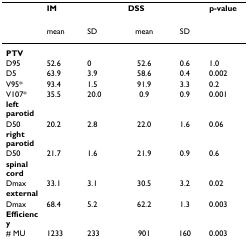
|  | <COLSPAN=2> IM | <COLSPAN=2> DSS | p-value |
 |  | mean | SD | mean | SD |  |
 | --- | --- | --- | --- | --- | --- |
 | PTV |  |  |  |  |  |
 | D95 | 52.6 | 0 | 52.6 | 0.6 | 1.0 |
 | D5 | 63.9 | 3.9 | 58.6 | 0.4 | 0.002 |
 | V95* | 93.4 | 1.5 | 91.9 | 3.3 | 0.2 |
 | V107* | 35.5 | 20.0 | 0.9 | 0.9 | 0.001 |
 | left parotid |  |  |  |  |  |
 | D50 | 20.2 | 2.8 | 22.0 | 1.6 | 0.06 |
 | right parotid |  |  |  |  |  |
 | D50 | 21.7 | 1.6 | 21.9 | 0.9 | 0.6 |
 | spinal cord |  |  |  |  |  |
 | Dmax | 33.1 | 3.1 | 30.5 | 3.2 | 0.02 |
 | external |  |  |  |  |  |
 | Dmax | 68.4 | 5.2 | 62.2 | 1.3 | 0.003 |
 | Efficiency |  |  |  |  |  |
 | # MU | 1233 | 233 | 901 | 160 | 0.003 |